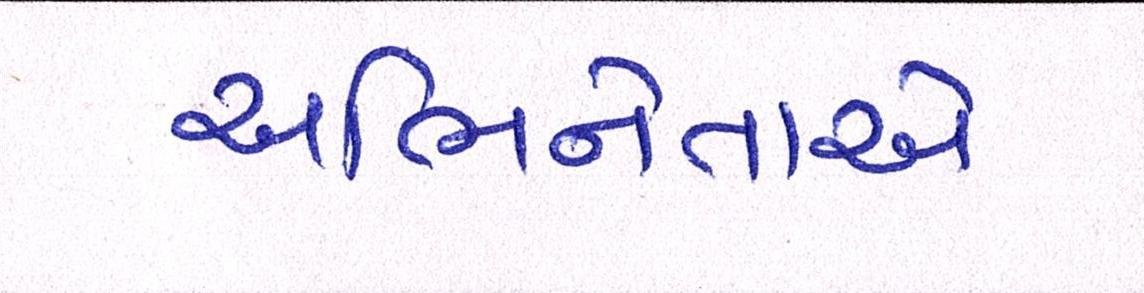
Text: અભિનેતાએ